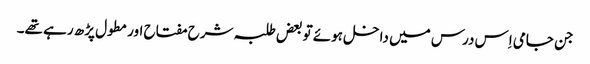
جن جامی اِس درس میں داخل ہوئے تو بعض طلبہ شرح مفتاح اور مطول پڑھ رہے تھے۔